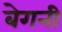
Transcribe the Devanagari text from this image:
बेगनी